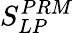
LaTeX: S_{LP}^{PRM}